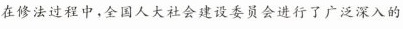
在修法过程中，全国人大社会建设委员会进行了广泛深入的